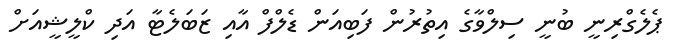
ޕެލެގްރިނީ ބުނީ ސިލްވާގެ އިތުރުން ފަބިއަން ޑެލްފް އާއި ޒަބަލެޓާ އަދި ކްލީޝީއަށް